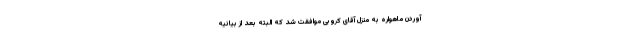
آوردن ماهواره به منزل آقای کروبی موافقت شد که البته بعد از بیانیه